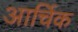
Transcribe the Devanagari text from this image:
आर्चिक